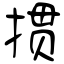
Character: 掼